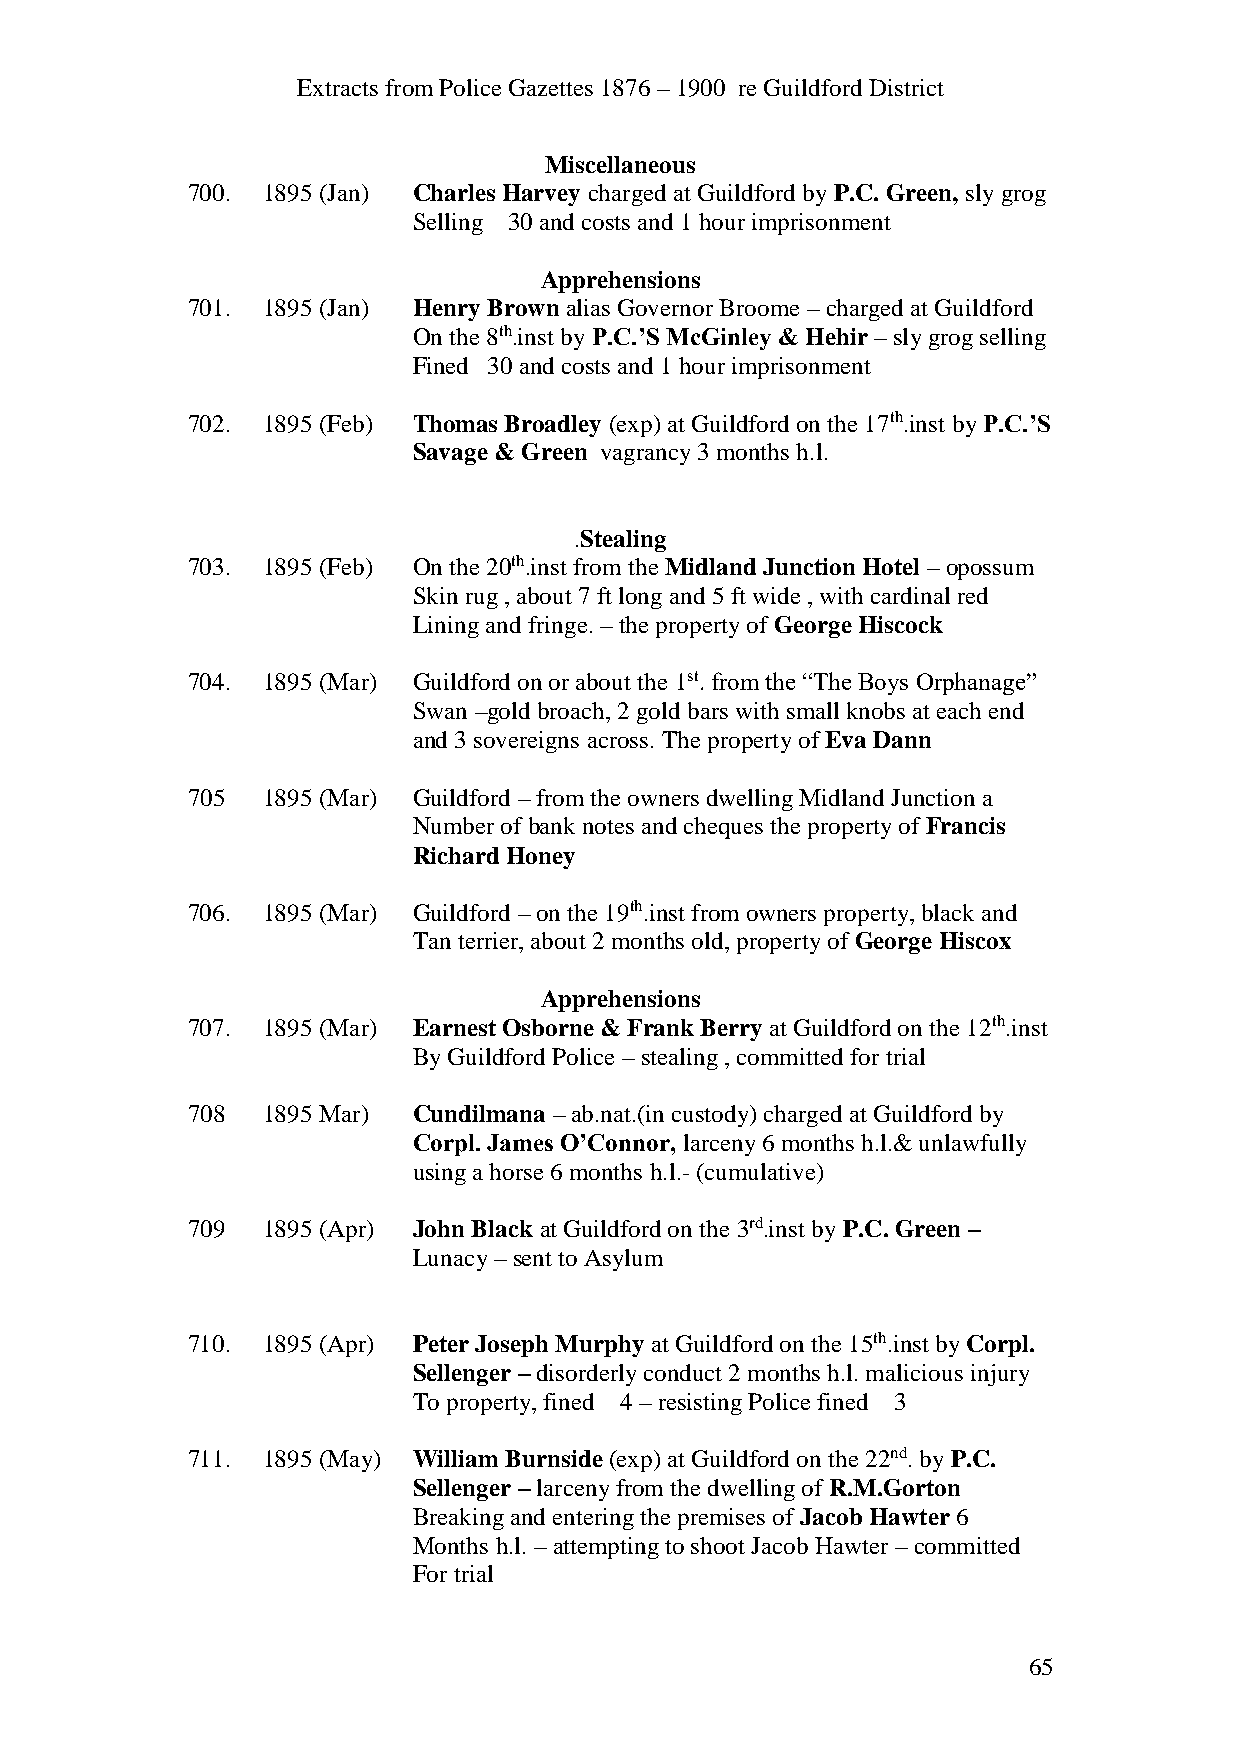
Extracts from Police Gazettes 1876 – 1900 re Guildford District
 Miscellaneous
 700. 1895 (Jan) Charles Harvey charged at Guildford by P.C. Green, sly grog
 Selling 30 and costs and 1 hour imprisonment
 Apprehensions
 701. 1895 (Jan) Henry Brown alias Governor Broome – charged at Guildford
 On the 8th.inst by P.C.’S McGinley & Hehir – sly grog selling
 Fined 30 and costs and 1 hour imprisonment
 702. 1895 (Feb) Thomas Broadley (exp) at Guildford on the 17th.inst by P.C.’S
 Savage & Green vagrancy 3 months h.l.
 .Stealing
 703. 1895 (Feb) On the 20th.inst from the Midland Junction Hotel – opossum
 Skin rug , about 7 ft long and 5 ft wide , with cardinal red
 Lining and fringe. – the property of George Hiscock
 704. 1895 (Mar) Guildford on or about the 1st. from the “The Boys Orphanage”
 Swan –gold broach, 2 gold bars with small knobs at each end
 and 3 sovereigns across. The property of Eva Dann
 705  1895 (Mar) Guildford – from the owners dwelling Midland Junction a
 Number of bank notes and cheques the property of Francis
 Richard Honey
 706. 1895 (Mar) Guildford – on the 19th.inst from owners property, black and
 Tan terrier, about 2 months old, property of George Hiscox
 Apprehensions
 707. 1895 (Mar) Earnest Osborne & Frank Berry at Guildford on the 12th.inst
 By Guildford Police – stealing , committed for trial
 708  1895 Mar) Cundilmana – ab.nat.(in custody) charged at Guildford by
 Corpl. James O’Connor, larceny 6 months h.l.& unlawfully
 using a horse 6 months h.l.- (cumulative)
 709  1895 (Apr) John Black at Guildford on the 3rd.inst by P.C. Green –
 Lunacy – sent to Asylum
 710. 1895 (Apr) Peter Joseph Murphy at Guildford on the 15th.inst by Corpl.
 Sellenger – disorderly conduct 2 months h.l. malicious injury
 To property, fined 4 – resisting Police fined 3
 711. 1895 (May) William Burnside (exp) at Guildford on the 22nd. by P.C.
 Sellenger – larceny from the dwelling of R.M.Gorton
 Breaking and entering the premises of Jacob Hawter 6
 Months h.l. – attempting to shoot Jacob Hawter – committed
 For trial
 65